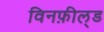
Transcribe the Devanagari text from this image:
विनफ़ील्‌ड